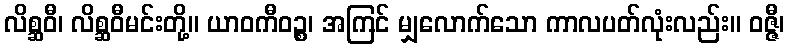
လိစ္ဆဝီ၊ လိစ္ဆဝီမင်းတို့။ ယာဝကီဝဉ္စ၊ အကြင် မျှလောက်သော ကာလပတ်လုံးလည်း။ ဝဇ္ဇီ၊